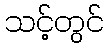
သင့်တွင်